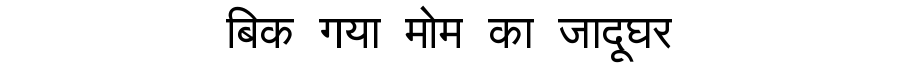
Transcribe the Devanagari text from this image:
बिक गया मोम का जादूघर